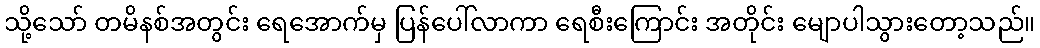
သို့သော် တမိနစ်အတွင်း ရေအောက်မှ ပြန်ပေါ်လာကာ ရေစီးကြောင်း အတိုင်း မျောပါသွားတော့သည်။